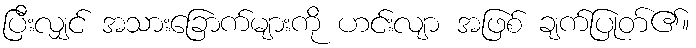
ပြီးလျှင် အသားခြောက်များကို ဟင်းလျာ အဖြစ် ချက်ပြုတ်၏။